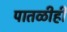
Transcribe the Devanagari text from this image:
पातळीही